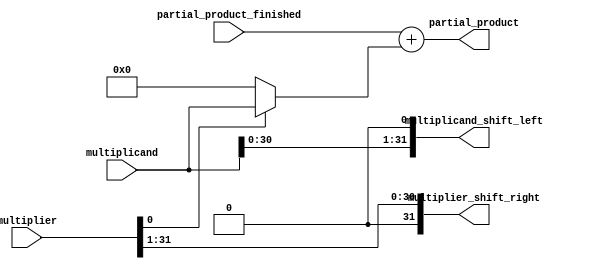
module multiply_line_1(partial_product, multiplicand_shift_left, multiplier_shift_right, partial_product_finished, multiplicand, multiplier);
   input [31:0] partial_product_finished, multiplicand, multiplier;
   output [31:0] partial_product, multiplicand_shift_left, multiplier_shift_right;

   wire [31:0] 	 addend;

   assign addend = multiplier[0] ? multiplicand : 32'b0;
   assign partial_product = partial_product_finished + addend;
   
   assign multiplicand_shift_left = multiplicand << 1;
   assign multiplier_shift_right = multiplier >> 1;
endmodule // multiply_line_1

module multiply_line_2(partial_product, multiplicand_shift_left, multiplier_shift_right, partial_product_finished, multiplicand, multiplier);
   input [31:0] partial_product_finished, multiplicand, multiplier;
   output [31:0] partial_product, multiplicand_shift_left, multiplier_shift_right;

   wire [31:0] 	 partial_product_middle, multiplicand_shift_left_middle, multiplier_shift_right_middle;
   multiply_line_1 ml_0(partial_product_middle, multiplicand_shift_left_middle, multiplier_shift_right_middle,partial_product_finished, multiplicand, multiplier);
   multiply_line_1 ml_1(partial_product, multiplicand_shift_left, multiplier_shift_right, partial_product_middle, multiplicand_shift_left_middle, multiplier_shift_right_middle);
endmodule // multiply_line_2

module multiply_line_4(partial_product, multiplicand_shift_left, multiplier_shift_right, partial_product_finished, multiplicand, multiplier);
   input [31:0] partial_product_finished, multiplicand, multiplier;
   output [31:0] partial_product, multiplicand_shift_left, multiplier_shift_right;

   wire [31:0] 	 partial_product_middle, multiplicand_shift_left_middle, multiplier_shift_right_middle;
   multiply_line_2 ml_0(partial_product_middle, multiplicand_shift_left_middle, multiplier_shift_right_middle,partial_product_finished, multiplicand, multiplier);
   multiply_line_2 ml_1(partial_product, multiplicand_shift_left, multiplier_shift_right, partial_product_middle, multiplicand_shift_left_middle, multiplier_shift_right_middle);
endmodule // multiply_line_4

module multiply_line_8(partial_product, multiplicand_shift_left, multiplier_shift_right, partial_product_finished, multiplicand, multiplier);
   input [31:0] partial_product_finished, multiplicand, multiplier;
   output [31:0] partial_product, multiplicand_shift_left, multiplier_shift_right;

   wire [31:0] 	 partial_product_middle, multiplicand_shift_left_middle, multiplier_shift_right_middle;
   multiply_line_4 ml_0(partial_product_middle, multiplicand_shift_left_middle, multiplier_shift_right_middle,partial_product_finished, multiplicand, multiplier);
   multiply_line_4 ml_1(partial_product, multiplicand_shift_left, multiplier_shift_right, partial_product_middle, multiplicand_shift_left_middle, multiplier_shift_right_middle);
endmodule // multiply_line_8

module multiply_line_16(partial_product, multiplicand_shift_left, multiplier_shift_right, partial_product_finished, multiplicand, multiplier);
   input [31:0] partial_product_finished, multiplicand, multiplier;
   output [31:0] partial_product, multiplicand_shift_left, multiplier_shift_right;

   wire [31:0] 	 partial_product_middle, multiplicand_shift_left_middle, multiplier_shift_right_middle;
   multiply_line_8 ml_0(partial_product_middle, multiplicand_shift_left_middle, multiplier_shift_right_middle,partial_product_finished, multiplicand, multiplier);
   multiply_line_8 ml_1(partial_product, multiplicand_shift_left, multiplier_shift_right, partial_product_middle, multiplicand_shift_left_middle, multiplier_shift_right_middle);
endmodule // multiply_line_16

module multiply_line_32(partial_product, multiplicand_shift_left, multiplier_shift_right, partial_product_finished, multiplicand, multiplier);
   input [31:0] partial_product_finished, multiplicand, multiplier;
   output [31:0] partial_product, multiplicand_shift_left, multiplier_shift_right;

   wire [31:0] 	 partial_product_middle, multiplicand_shift_left_middle, multiplier_shift_right_middle;

   multiply_line_16 ml_0(partial_product_middle, multiplicand_shift_left_middle, multiplier_shift_right_middle,partial_product_finished, multiplicand, multiplier);
   multiply_line_16 ml_1(partial_product, multiplicand_shift_left, multiplier_shift_right, partial_product_middle, multiplicand_shift_left_middle, multiplier_shift_right_middle);
endmodule // multiply_line_32

module multiply16_unsigned(product, multiplicand, multiplier);
   input [31:0] multiplicand, multiplier;
   output [31:0] product;

   wire [31:0] multiplicand_shift_left, multiplier_shift_right;

   wire [31:0] 	 partial_product_finished;
   wire [31:0] 	 multiplicand_lsb16, multiplier_lsb16;
   
   assign partial_product_finished = 32'h0000_0000;
   assign multiplicand_lsb16 = multiplicand & 32'h0000_FFFF;
   assign multiplier_lsb16 = multiplier & 32'h0000_FFFF;
     
   multiply_line_32 ml32_0(product, multiplicand_shift_left, multiplier_shift_right, partial_product_finished, multiplicand_lsb16, multiplier_lsb16);

endmodule // multiply16_unsigned